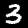
Label: 3